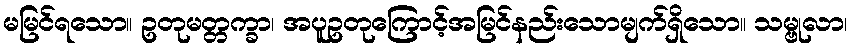
မမြင်ရသော။ ဥတုမတ္တက္ခာ၊ အပူဥတုကြောင့်အမြင်နည်းသောမျက်ရှိသော။ သမ္ဗုလာ၊